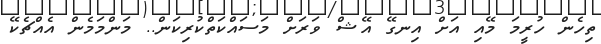
ތިހެން ހުރީމަ މޭއި އަށް އިނގޭ އޭޝް ވަރަށް މަސައްކަތްކުރިކަން.. މަންމަމެން އެއްޗެކޭ